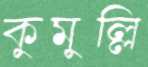
কুমুল্লি